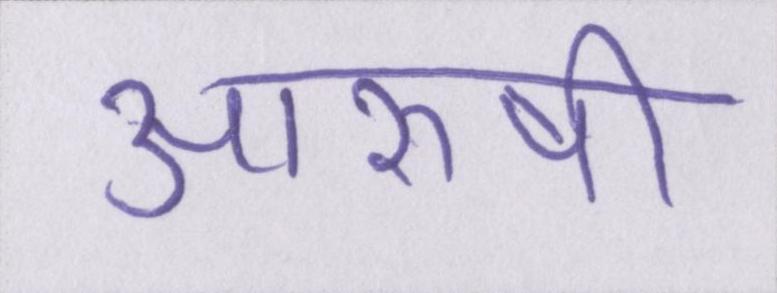
आरुषी